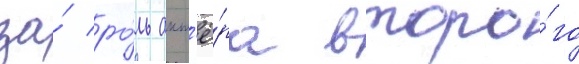
за́ ро́ль акт'ё́ра второ́го